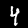
Digit: 4